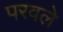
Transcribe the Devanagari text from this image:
परवले